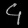
Digit: ၄